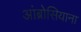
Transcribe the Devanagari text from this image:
आंब्रोसियाना